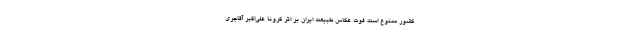
کشور ممنوع است. فوت عکاس طبیعت ایران بر اثر کرونا علی‌اکبر آقاجری